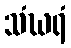
သံဃရံ